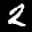
Label: 2